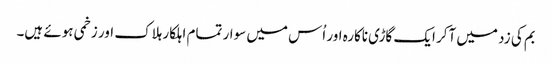
بم کی زد میں آکر ایک گاڑی ناکارہ اور اُس میں سوار تمام اہلکار ہلاک اور زخمی ہوئے ہیں۔